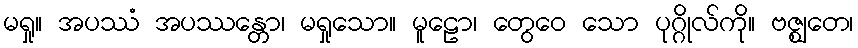
မရှု။ အပဿံ အပဿန္တော၊ မရှုသော။ မူဠော၊ တွေဝေ သော ပုဂ္ဂိုလ်ကို။ ဗဇ္ဈတေ၊